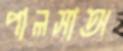
পালসাঅ